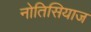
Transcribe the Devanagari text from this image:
नोतिसियाज